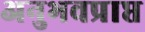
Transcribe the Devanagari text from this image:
अनुभवप्राप्त